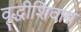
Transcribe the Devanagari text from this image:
वृद्धीशिवाय